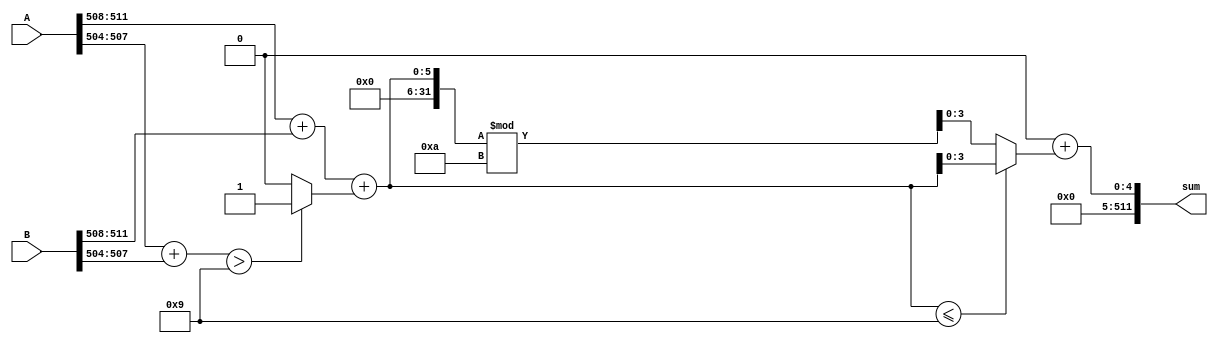
`default_nettype none
module bcdadd (A, B, sum);
    parameter DIGITS = 128;
    input wire[(DIGITS*4-1):0] A;
    input wire[(DIGITS*4-1):0] B;
    output wire[(DIGITS*4-1):0] sum;
    
    genvar i;
    generate
        // Break down each digit from input A and assign to temporary wires 0:3
        for (i = 0; i < DIGITS; i = i + 1) begin:addLeft
            wire [3:0] tempLeft;
            assign tempLeft = {A[i*4+3], A[i*4+2], A[i*4+1], A[i*4+0]};
        end
        // Break down each digit from input B and assign to temporary wires 0:3
        for (i = 0; i < DIGITS; i = i + 1) begin:addRight
            wire [3:0] tempRight;
            assign tempRight = {B[i*4+3], B[i*4+2], B[i*4+1], B[i*4+0]};
        end
        // Sum the two bcd numbers and carry out if necessary "in blocks"
        for(i = 0; i < DIGITS; i = i + 1) begin:addTogether
            wire [3:0] sumPart;
            wire carryOut;

            // if this i'th digit is the first digit, do not need to take into account carryout from previous
            if (i == 0) begin
                // if the sumPart is <=9 cool, sum is set. else need to find what the number would be -10
                assign sumPart = ((addLeft[i].tempLeft + addRight[i].tempRight) <= 9) ? (addLeft[i].tempLeft + addRight[i].tempRight) : ((addLeft[i].tempLeft + addRight[i].tempRight) % 10);
                assign carryOut = ((addLeft[i].tempLeft + addRight[i].tempRight) > 9) ? 1 : 0;
            end else begin
                // need to take into account the carry of the previous
                assign sumPart = ((addLeft[i].tempLeft + addRight[i].tempRight + addTogether[i-1].carryOut) <= 9) ? (addLeft[i].tempLeft + addRight[i].tempRight + addTogether[i-1].carryOut) : ((addLeft[i].tempLeft + addRight[i].tempRight + addTogether[i-1].carryOut) % 10);
                assign carryOut = ((addLeft[i].tempLeft + addRight[i].tempRight) > 9) ? 1 : 0;
            end
        end
        // now to concatenate all of the "blocks" of bcd numbers into single string
        for (i = 0; i < DIGITS; i = i + 1) begin:finalSum
            wire [(DIGITS * 4+3):0] togetherbcd;
            // if this is the first number "block" in the bcd string, nothing fancy
            if (i == 0) begin
                assign togetherbcd = addTogether[i].sumPart;
            end else begin
                // yikes, this is not the first. need to shift and add
                assign togetherbcd = (togetherbcd[i-1] << 4) + addTogether[i].sumPart;
            end            
        end
    endgenerate

    // finally, assign sum the value of the bcd result
    assign sum = finalSum[DIGITS-1].togetherbcd;

endmodule